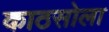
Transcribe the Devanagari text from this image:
काठसोला